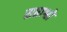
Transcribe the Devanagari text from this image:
सप्ताश्वो